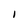
Character: I